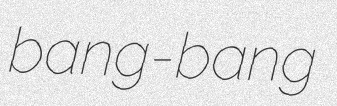
bang-bang